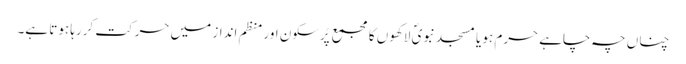
چناں چہ چاہے حرم ہو یا مسجد نبویؐ لاکھوں کا مجمع پُرسکون اور منظم انداز میں حرکت کررہا ہوتا ہے۔